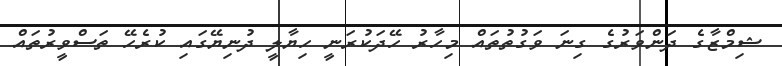
ޝިމްޒާގެ ދަންވަރުގެ ގިނަ ވަގުތުތައް މިހާރު ހޭދަކުރަނީ ހިޔާލީ ދުނިޔޭގައި ކުރެހޭ ތަސްވީރުތައް